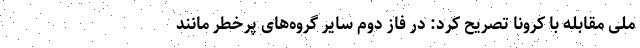
ملی مقابله با کرونا تصریح کرد: در فاز دوم سایر گروه‌های پرخطر مانند